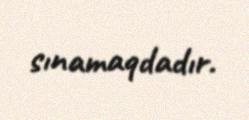
sınamaqdadır.